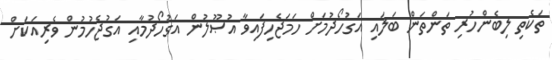
ތަކެތި ލިބެންހުރި ތަންތަން ބަލައި އަގުހޯދުމަށް ހަމަޖެހިފައިވާ އުޞޫލުން އަގުހޯދުމާއި އަގުޖެހުމުން ވެރިއަކަށް